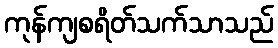
ကုန်ကျစရိတ်သက်သာသည်